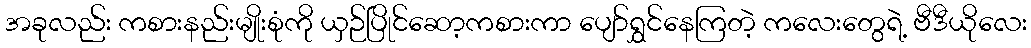
အခုလည်း ကစားနည်းမျိုးစုံကို ယှဉ်ပြိုင်ဆော့ကစားကာ ပျော်ရွှင်နေကြတဲ့ ကလေးတွေရဲ့ ဗီဒီယိုလေး